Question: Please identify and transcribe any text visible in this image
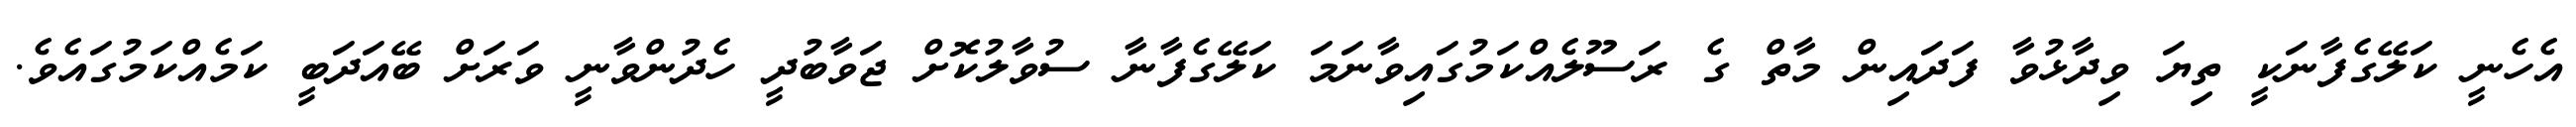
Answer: އެހެނީ ކަލޭގެފާނަކީ ތިޔަ ވިދާޅުވާ ފަދައިން މާތް ގެ ރަސޫލެއްކަމުގައިވާނަމަ ކަލޭގެފާނާ ސުވާލުކޮށް ޖަވާބުދީ ހެދުންވާނީ ވަރަށް ބޭއަދަބީ ކަމެއްކަމުގައެވެ.